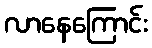
လာနေကြောင်း